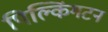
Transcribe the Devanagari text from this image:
पिल्किंगटन